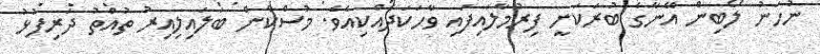
ނުހަނު ލޯބިން އޭނާގެ ބުރަކަށީ ފިރުމާލައިފައި ވާހަކަދެއްކިއެވެ. މުސްކާން ބަލައިލިއިރު ތުއްތު ދަރިފުޅު